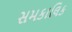
સમકાલિક